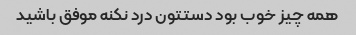
همه چیز خوب بود دستتون درد نکنه موفق باشید